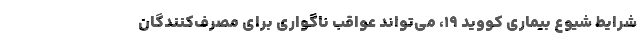
شرایط شیوع بیماری کووید ۱۹، می‌تواند عواقب ناگواری برای مصرف‌کنندگان